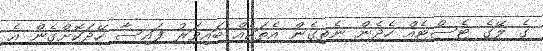
ގެ ލޭގެ ޓެސްޓެއް ހެދެން ނެތިގެން އެތަކެއް ބައިވަރު ފައިސާ ހޭދަކޮށްގެން އެ